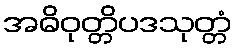
အဓိဝုတ္တိပဒသုတ္တံ